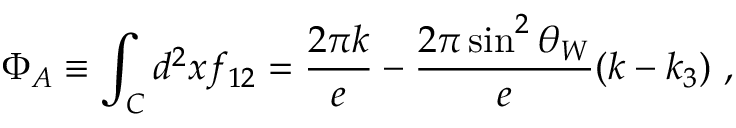
\Phi _ { A } \equiv \int _ { \cal C } d ^ { 2 } x f _ { 1 2 } = \frac { 2 \pi k } { e } - \frac { 2 \pi \sin ^ { 2 } \theta _ { W } } { e } ( k - k _ { 3 } ) ~ ,